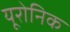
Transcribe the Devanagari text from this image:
यूरोनिक